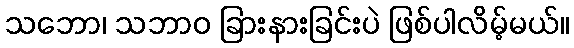
သဘော၊ သဘာဝ ခြားနားခြင်းပဲ ဖြစ်ပါလိမ့်မယ်။